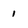
Character: i